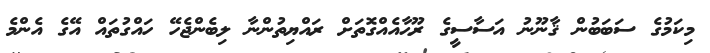
މިކަމުގެ ސަބަބުން ޤާނޫނު އަސާސީގެ ރޫޙާއެއްގޮތަށް ރައްޔިތުންނާ ލިބެންޖެހޭ ހައްގުތައް އޭގެ އެންމެ